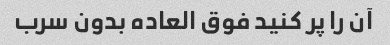
آن را پر کنید فوق العاده بدون سرب